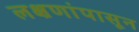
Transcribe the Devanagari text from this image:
लक्षणांपासून